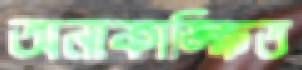
অনাকাঙ্ক্ষিত